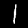
Label: 1